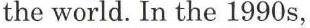
the world. In the 1990s,